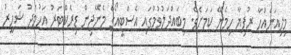
މިލިއަނެއްހާ ރުފިޔާ ހިމެނޭ ކަމަށެވެ. މިބައްދަލުވުމުގައި އެސްޓީއޯގެ މެނޭޖިން ޑިރެކްޓަރު އަހުމަދު ޝަހީރު